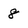
Character: 8